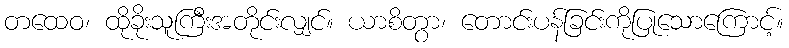
တထေဝ၊ ထိုခိုးသူကြီးအတိုင်းလျှင်။ ယာစိတွာ၊ တောင်းပန်ခြင်းကိုပြုသောကြောင့်။